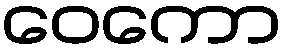
ဝေကော